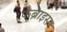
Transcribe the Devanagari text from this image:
फेब्राइस